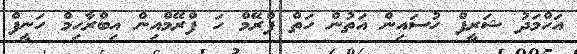
އަހްމަދު ޝަރީފް ހުސައިން އަތުން ހަތް ފްރޭމް ހަ ފްރޭމްއިން އިބްރާހިމް ހަނީފް